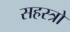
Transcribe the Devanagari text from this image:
सहस्त्रो